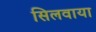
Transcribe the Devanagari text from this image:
सिलवाया